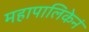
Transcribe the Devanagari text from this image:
महापालिकेनं